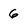
Character: 6